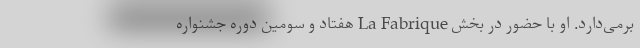
برمی‌دارد. او با حضور در بخش La Fabrique هفتاد و سومين دوره جشنواره